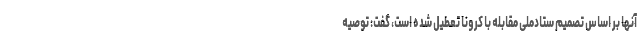
آنها بر اساس تصمیم ستادملی مقابله با کرونا تعطیل شده است، گفت: توصیه